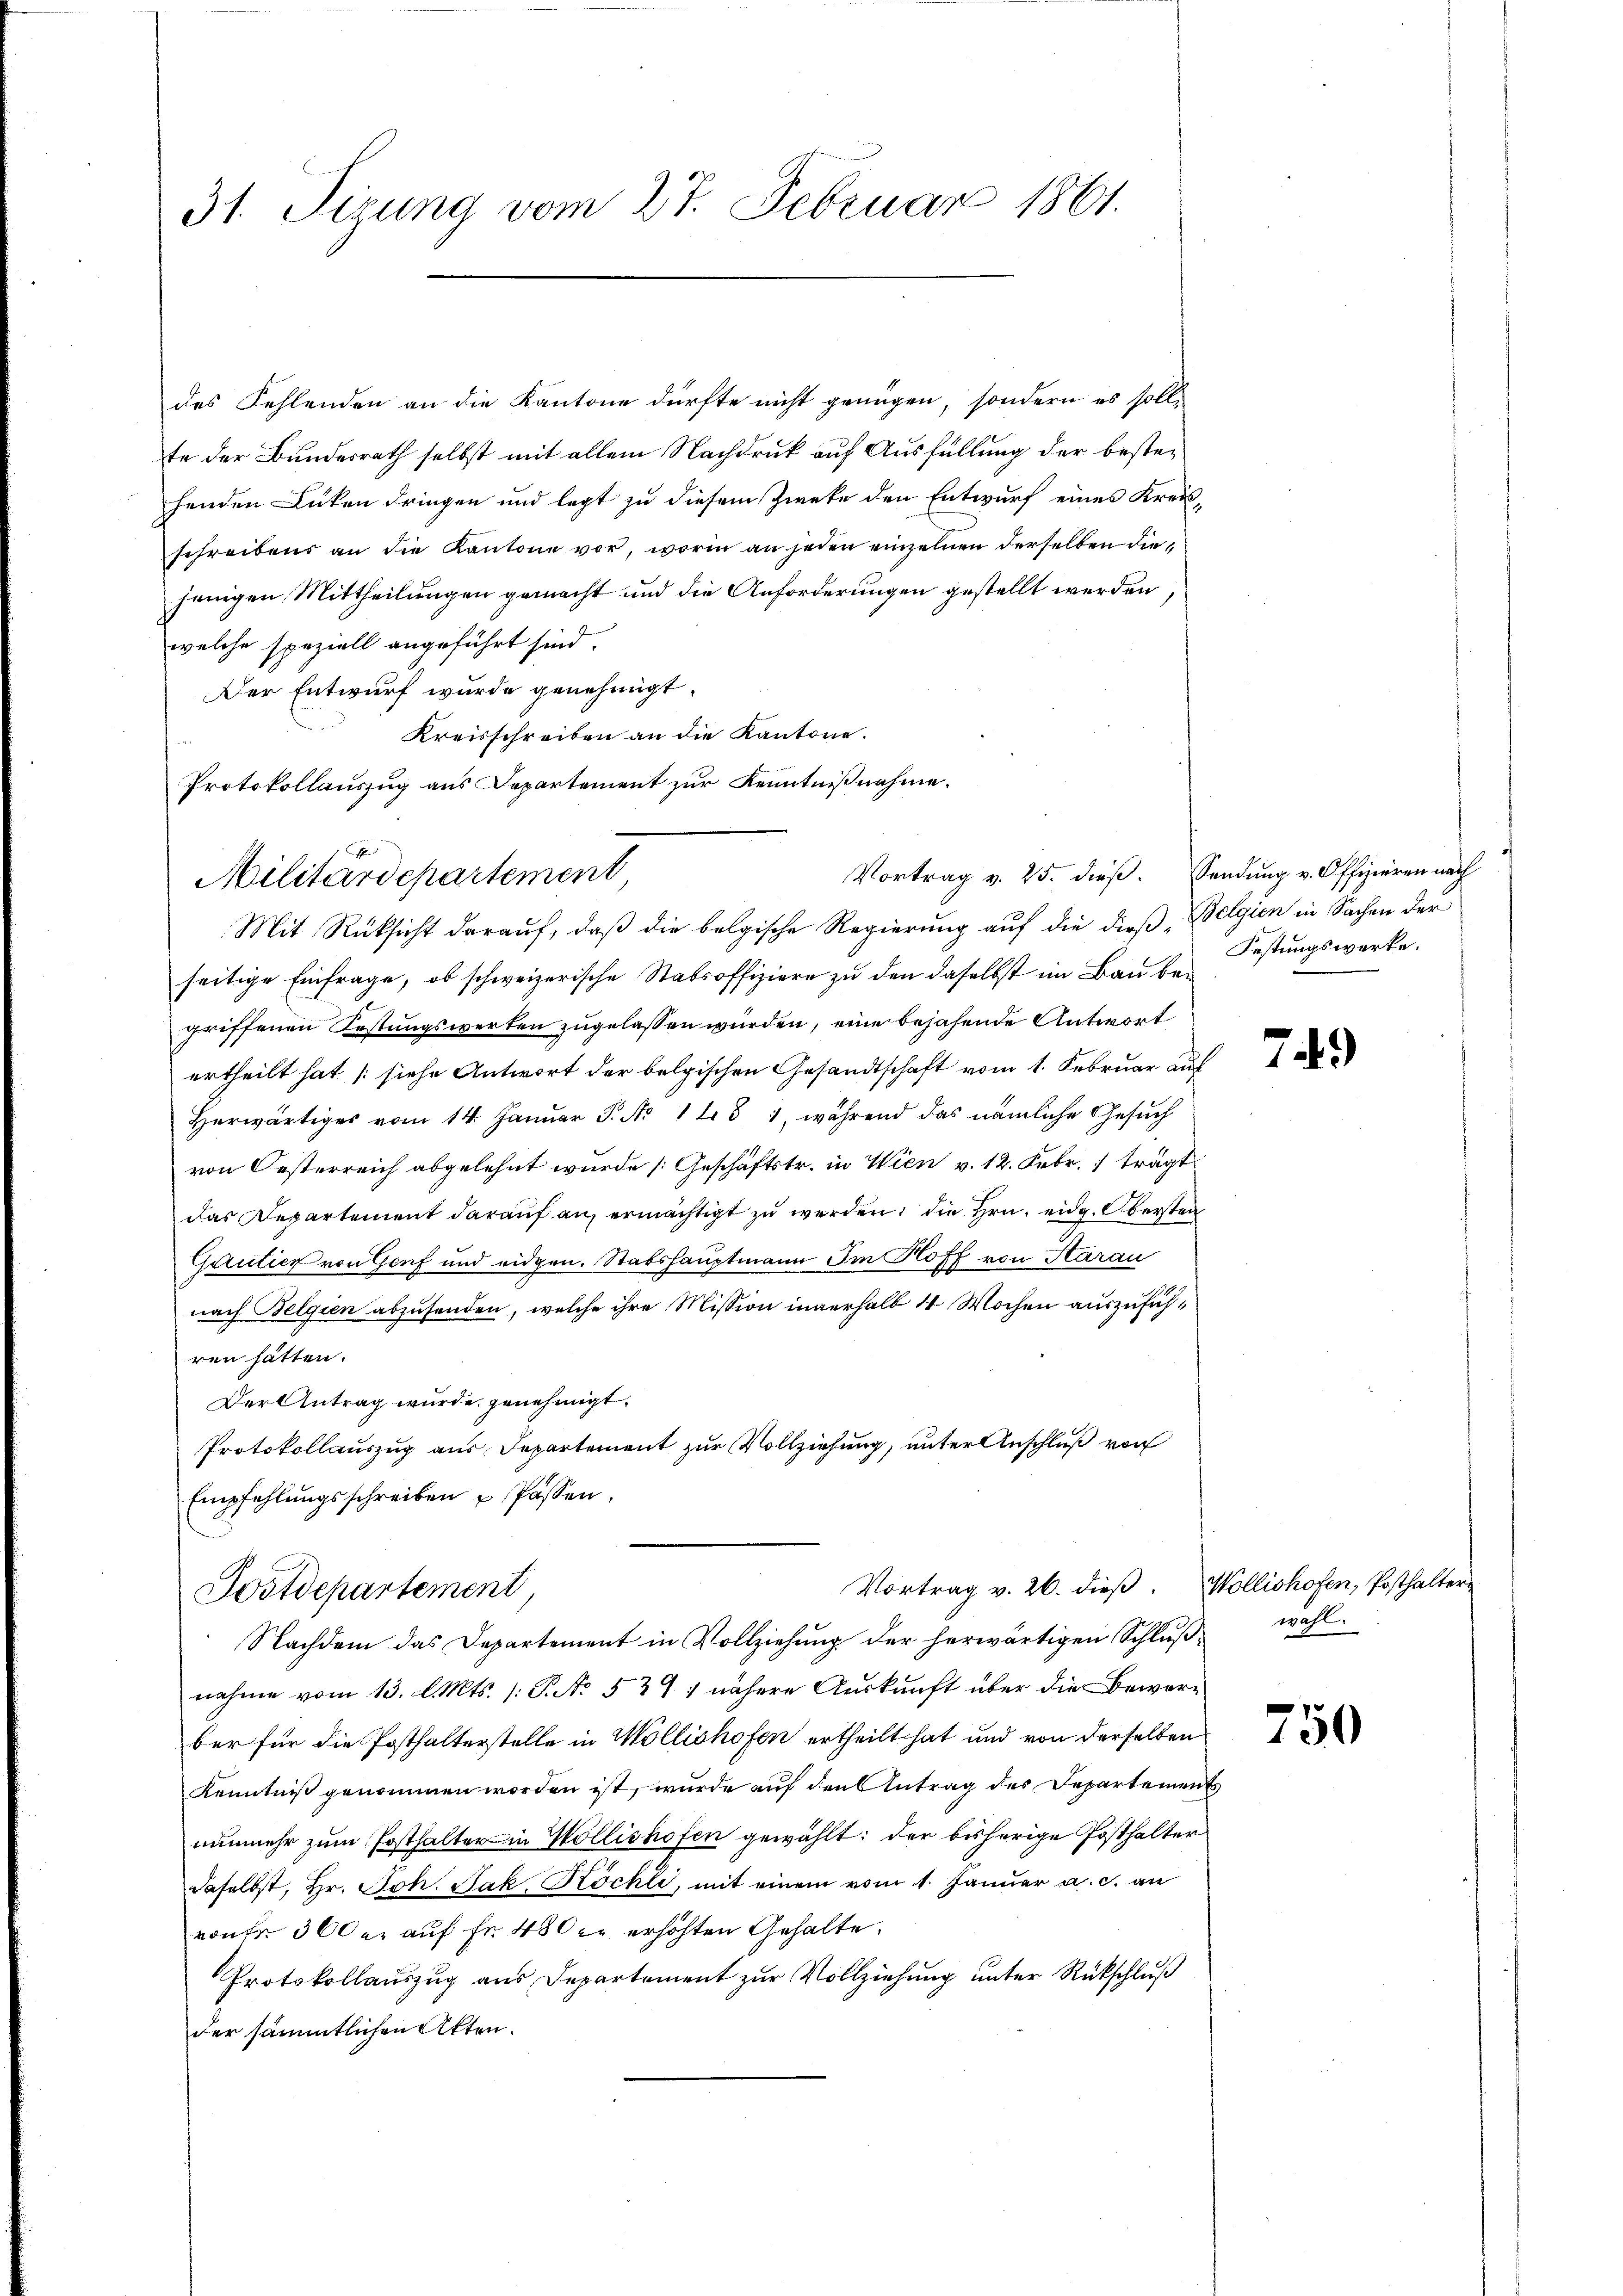
31. Sizung vom 27. Februar 1861.

des Fehlenden an die Kantone dürfte nicht genügen, sondern es soll,
te der Bundesrath selbst mit allem Nachdruck auf Ausfüllung der bestehenden Lücken dringen und legt zu diesem Zweke den Entwurf eines Kreisschreibens an die Kantone vor, worin an jeden einzelnen derselben diejenigen Mittheilungen gemacht und die Anforderungen gestellt werden
welche speziell angeführt sind.
Der Entwurf wurde genehmigt.
Kreisschreiben an die Kantone.
Protokollauszug aus Departement zur Kenntnißnahme.

Vortrag v. 25. dieß. Sendung v. Offizieren nach
Militärdepartement

Mit Rücksicht darauf, daß die belgische Regierung auf die dieß Belgien in Sachen der
seitige Einfrage, ob schweizerische Stabsoffiziere zu den daselbst im Bau begriffenen Erstungswerken zugelassen würden, eine bejahende Antwort
ertheilt hat (siehe Antwort der belgischen Gesandtschaft vom 1. Februar auf
Herwärtiges vom 14. Januar P. No 1431, während das nämliche Gesuch
von Oesterreich abgelehnt wurde (Geschäftstr. in Wien v. 12. Febr. 1 trägt
das Departement darauf an, ermächtigt zu werden, die Hrn. eidg. Obersten
Gautier von Genf und eidgen. Stabshauptmann Im Hoff von Aarau
nach Belgien abzusenden, welche ihre Mission inverhalb 4 Wochen auszuführen hätten.
Der Antrag wurde genehmigt.
Protokollauszug aus Departement zur Vollziehung, unter Anschluß von
Empfehlungsschreiben u Passen.
Vortrag v. 26. dieß.
Postdepartement
Nachdem das Departement in Vollziehung der herwärtigen Schlŭβ wohl
nahme vom 13. d. Mts. /: P. No. 531 nähere Auskunft über die Bewerber für die Posthalterstelle in Mollishofen ertheilt hat und von derselben
Kenntniß genommen worden ist, wurde auf den Antrag des Departement
nunmehr zum Posthalter in Wollishofen gewählt: der bisherige Posthalter
daselbst, Hr. Joh. Jak, Köchli, mit einem vom 1. Januar a. c. an
wuhr 300 er auf Fr. 480 cr erhöhten Gehalte.
Protokollauszug aus Departement zur Vollziehung unter Rückschluß
der sämmtlichen Akten.

Festungswerke.

749

Wollishofen, Posthalter

750